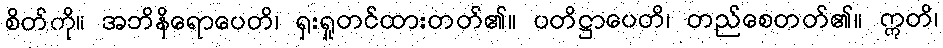
စိတ်ကို။ အဘိနိရောပေတိ၊ ရှးရှုတင်ထားတတ်၏။ ပတိဋ္ဌာပေတိ၊ တည်စေတတ်၏။ ဣတိ၊